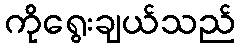
ကိုရွေးချယ်သည်